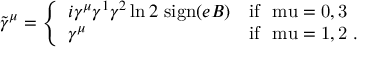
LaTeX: \tilde { \gamma } ^ { \mu } = \left\{ \begin{array} { l l } { { i \gamma ^ { \mu } \gamma ^ { 1 } \gamma ^ { 2 } \ln 2 ~ \mathrm { s i g n } ( e B ) } } & { { \mathrm { i f ~ \ m u = 0 , 3 ~ } } } \\ { { \gamma ^ { \mu } } } & { { \mathrm { i f ~ \ m u = 1 , 2 ~ } . } } \end{array} \right.